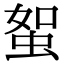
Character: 𧊟